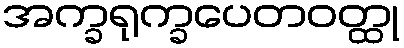
အက္ခရုက္ခပေတဝတ္ထု